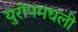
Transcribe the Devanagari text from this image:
युरोपमधली